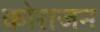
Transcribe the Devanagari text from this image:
कोराजन